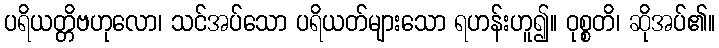
ပရိယတ္တိဗဟုလော၊ သင်အပ်သော ပရိယတ်များသော ရဟန်းဟူ၍။ ဝုစ္စတိ၊ ဆိုအပ်၏။